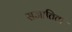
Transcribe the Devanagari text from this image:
सजातिता